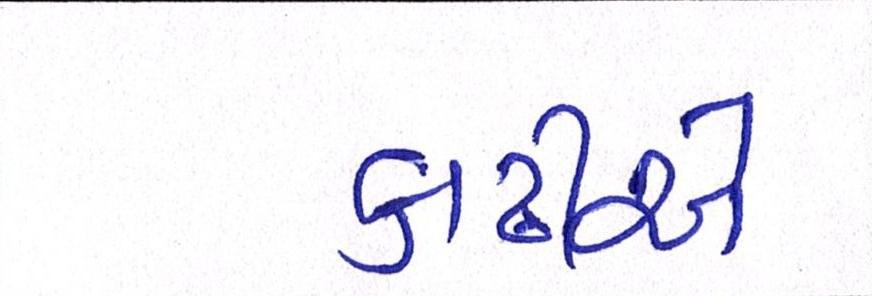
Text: કાઢીએ